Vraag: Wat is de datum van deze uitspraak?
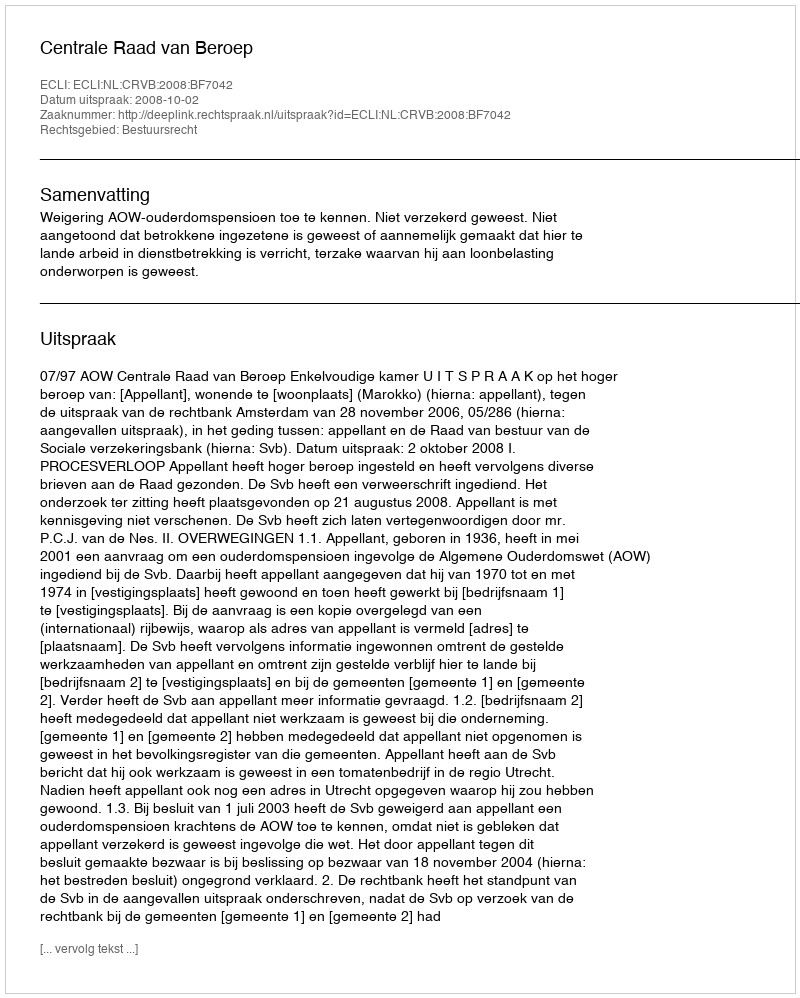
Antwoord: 2008-10-02